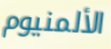
الألمنيوم